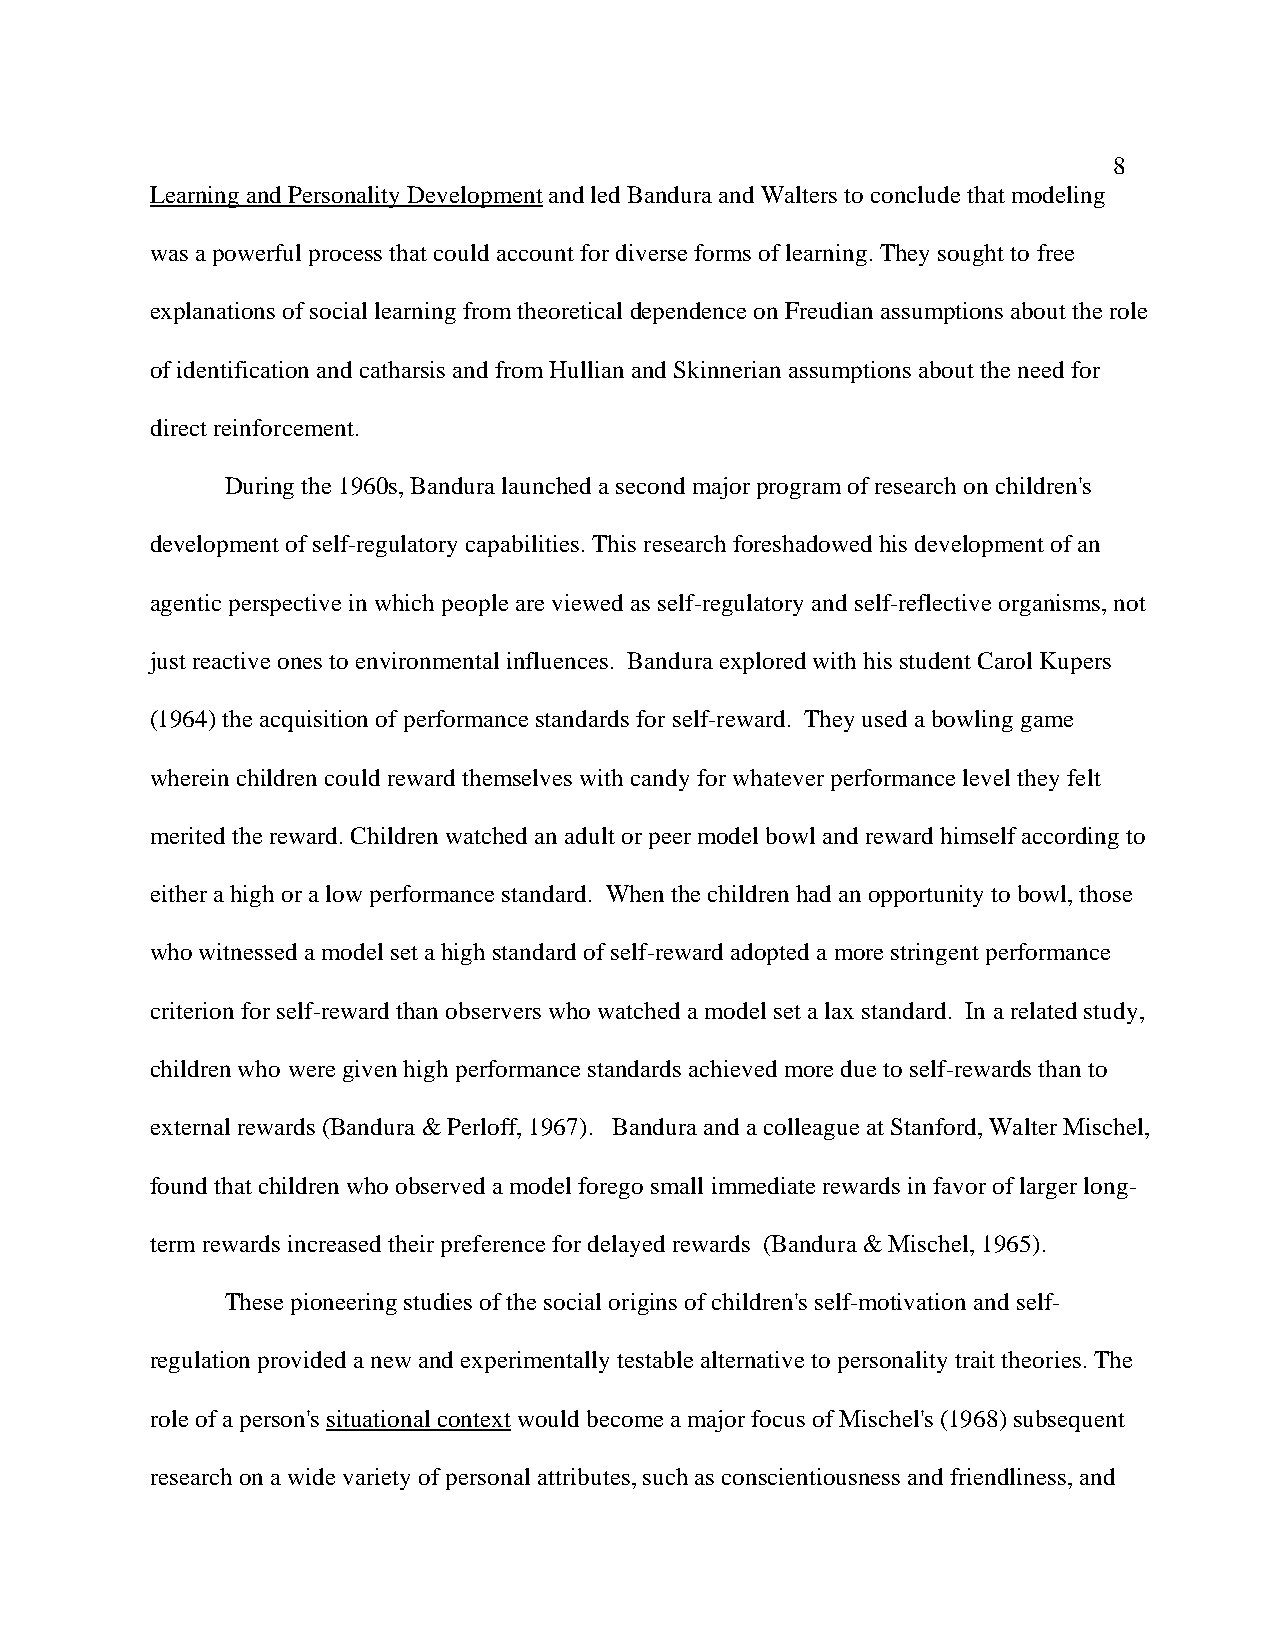
8
 Learning and Personality Development and led Bandura and Walters to conclude that modeling
 was a powerful process that could account for diverse forms of learning. They sought to free
 explanations of social learning from theoretical dependence on Freudian assumptions about the role
 of identification and catharsis and from Hullian and Skinnerian assumptions about the need for
 direct reinforcement.
 During the 1960s, Bandura launched a second major program of research on children's
 development of self-regulatory capabilities. This research foreshadowed his development of an
 agentic perspective in which people are viewed as self-regulatory and self-reflective organisms, not
 just reactive ones to environmental influences. Bandura explored with his student Carol Kupers
 (1964) the acquisition of performance standards for self-reward. They used a bowling game
 wherein children could reward themselves with candy for whatever performance level they felt
 merited the reward. Children watched an adult or peer model bowl and reward himself according to
 either a high or a low performance standard. When the children had an opportunity to bowl, those
 who witnessed a model set a high standard of self-reward adopted a more stringent performance
 criterion for self-reward than observers who watched a model set a lax standard. In a related study,
 children who were given high performance standards achieved more due to self-rewards than to
 external rewards (Bandura & Perloff, 1967). Bandura and a colleague at Stanford, Walter Mischel,
 found that children who observed a model forego small immediate rewards in favor of larger long-
 term rewards increased their preference for delayed rewards (Bandura & Mischel, 1965).
 These pioneering studies of the social origins of children's self-motivation and self-
 regulation provided a new and experimentally testable alternative to personality trait theories. The
 role of a person's situational context would become a major focus of Mischel's (1968) subsequent
 research on a wide variety of personal attributes, such as conscientiousness and friendliness, and